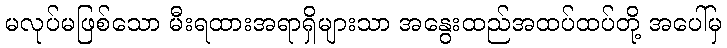
မလုပ်မဖြစ်သော မီးရထားအရာရှိများသာ အနွေးထည်အထပ်ထပ်တို့ အပေါ်မှ